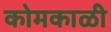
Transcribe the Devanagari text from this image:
कोमकाळी